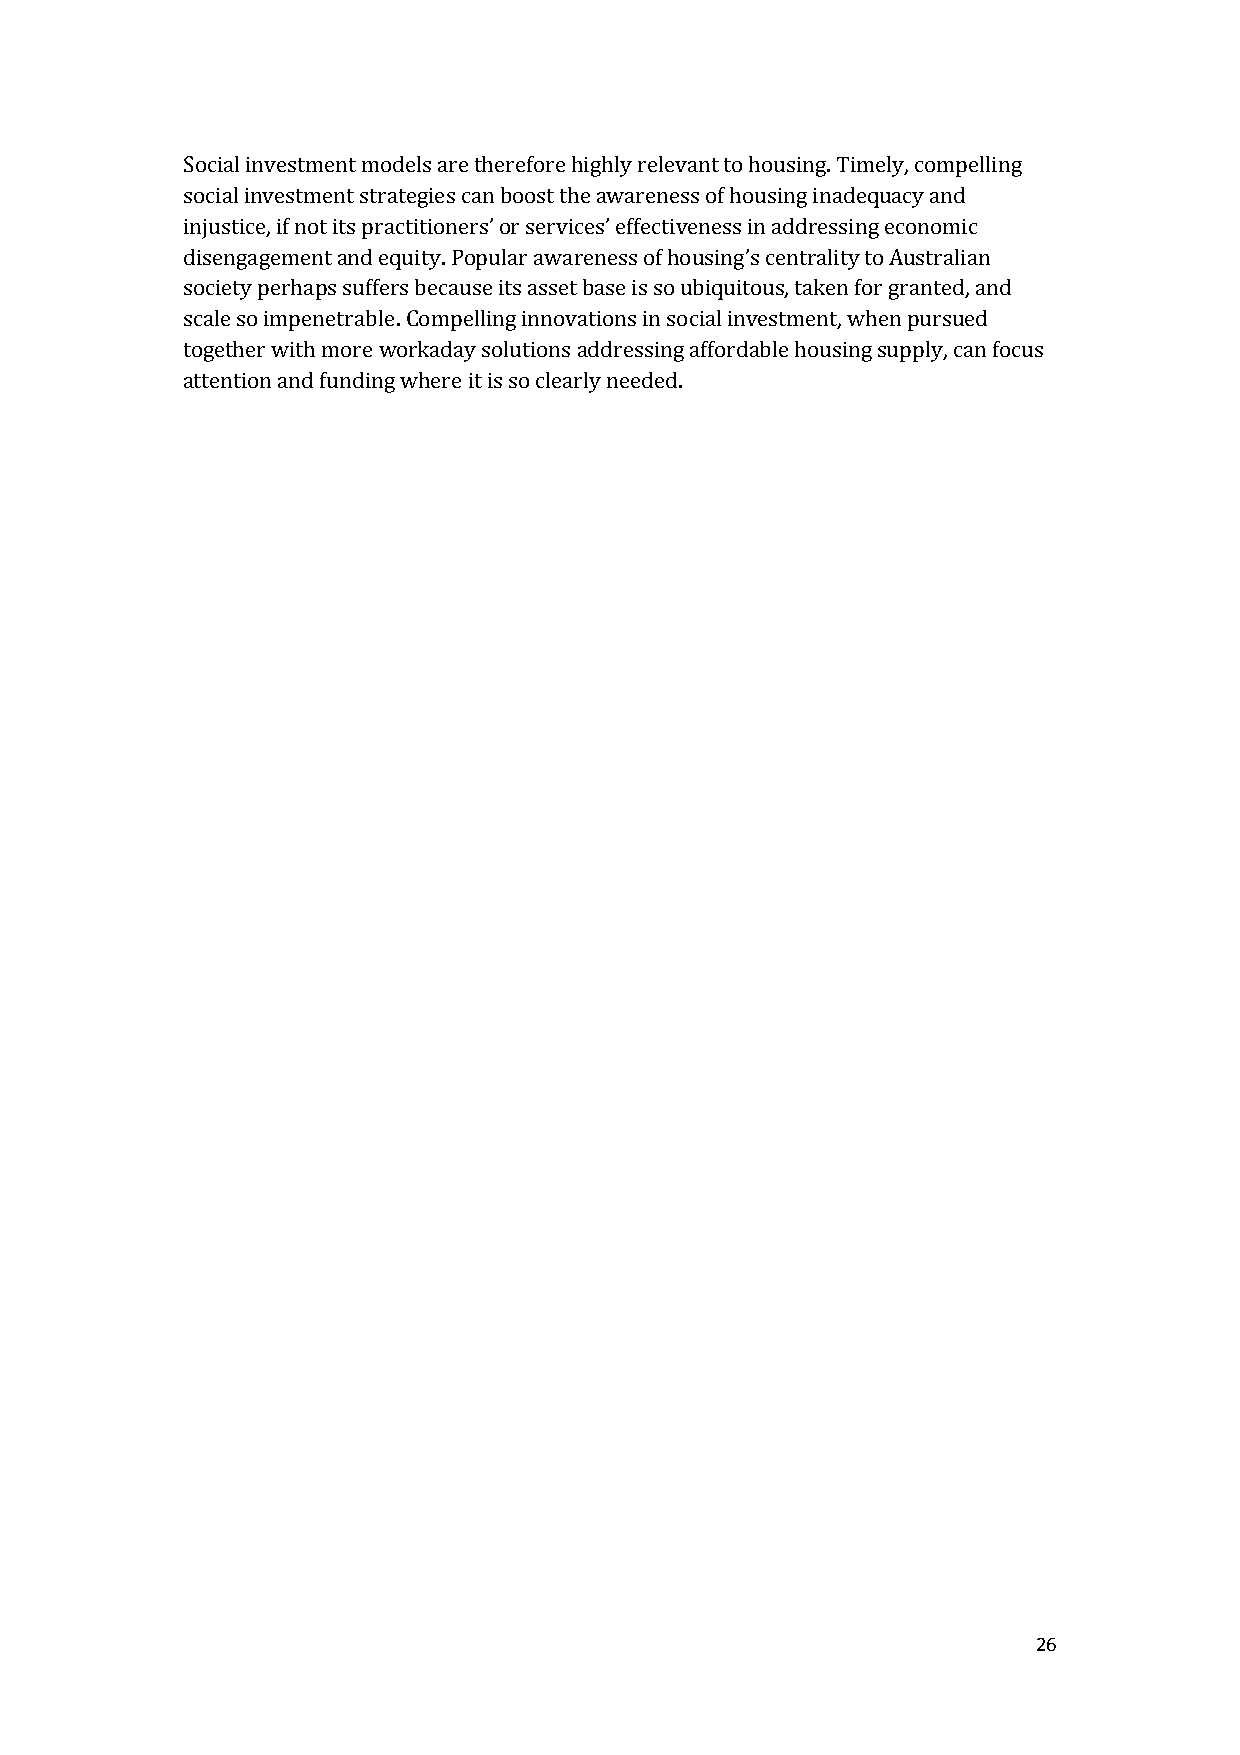
Social investment models are therefore highly relevant to housing. Timely, compelling
 social investment strategies can boost the awareness of housing inadequacy and
 injustice, if not its practitioners’ or services’ effectiveness in addressing economic
 disengagement and equity. Popular awareness of housing’s centrality to Australian
 society perhaps suffers because its asset base is so ubiquitous, taken for granted, and
 scale so impenetrable. Compelling innovations in social investment, when pursued
 together with more workaday solutions addressing affordable housing supply, can focus
 attention and funding where it is so clearly needed.
 26